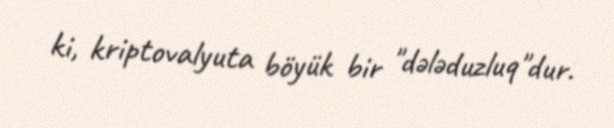
ki, kriptovalyuta böyük bir "dələduzluq"dur.